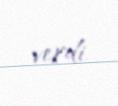
verdi.